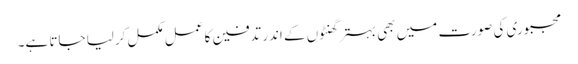
مجبوری کی صورت میں بھی بہتر گھنٹوں کے اندر تدفین کا عمل مکمل کرلیا جاتا ہے۔